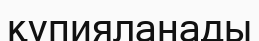
құпияланады